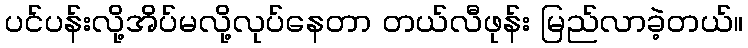
ပင်ပန်းလို့အိပ်မလို့လုပ်နေတာ တယ်လီဖုန်း မြည်လာခဲ့တယ်။